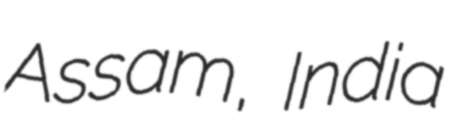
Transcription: Assam, India